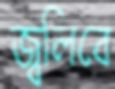
জ্বলিবে